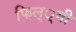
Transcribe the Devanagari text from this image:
फिल््मी